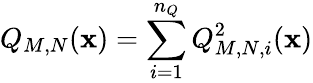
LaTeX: Q_{M,N}(\mathbf{x})=\sum_{i=1}^{{n_{Q}}}Q_{M,N,i}^{2}(\mathbf{x})